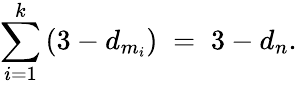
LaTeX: \sum_{i=1}^{k}\left(3-d_{m_{i}}\right)\; =\; 3-d_{n}.